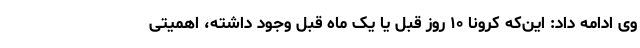
وی ادامه داد: این‌که کرونا ۱۰ روز قبل یا یک ماه قبل وجود داشته، اهمیتی